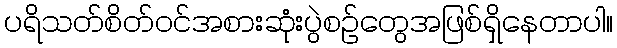
ပရိသတ်စိတ်ဝင်အစားဆုံးပွဲစဉ်တွေအဖြစ်ရှိနေတာပါ။